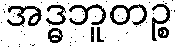
အဒ္ဓဘူတဉ္စ